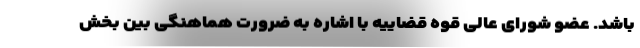
باشد. عضو شورای عالی قوه قضاییه با اشاره به ضرورت هماهنگی بین بخش